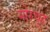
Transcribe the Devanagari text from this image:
मोरचूद